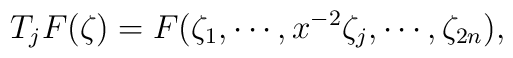
T_j F (\zeta)=F (\zeta_1,\cdots,x^{-2}\zeta_j,\cdots,\zeta_{2n}),